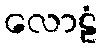
လောဠံ